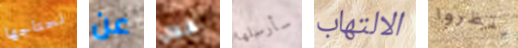
نحتاجها عن حول سأرسلها الالتهاب ينظروا